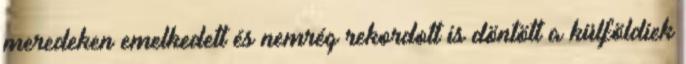
meredeken emelkedett és nemrég rekordott is döntött a külföldiek